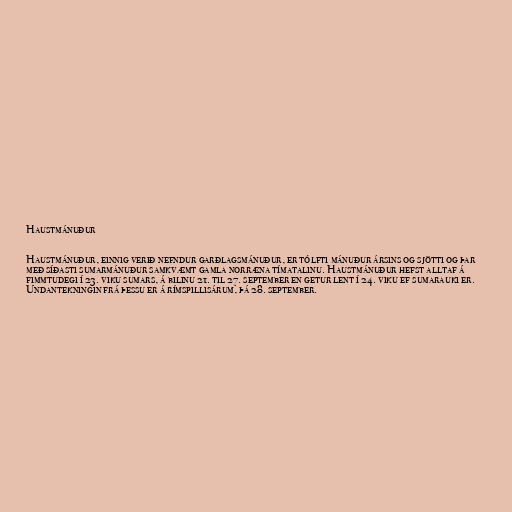
Haustmánuður

Haustmánuður, einnig verið nefndur garðlagsmánuður, er tólfti mánuður ársins og sjötti og þar
með síðasti sumarmánuður samkvæmt gamla norræna tímatalinu. Haustmánuður hefst alltaf á
fimmtudegi í 23. viku sumars, á bilinu 21. til 27. september en getur lent í 24. viku ef sumarauki er.
Undantekningin frá þessu er á rímspillisárum, þá 28. september.